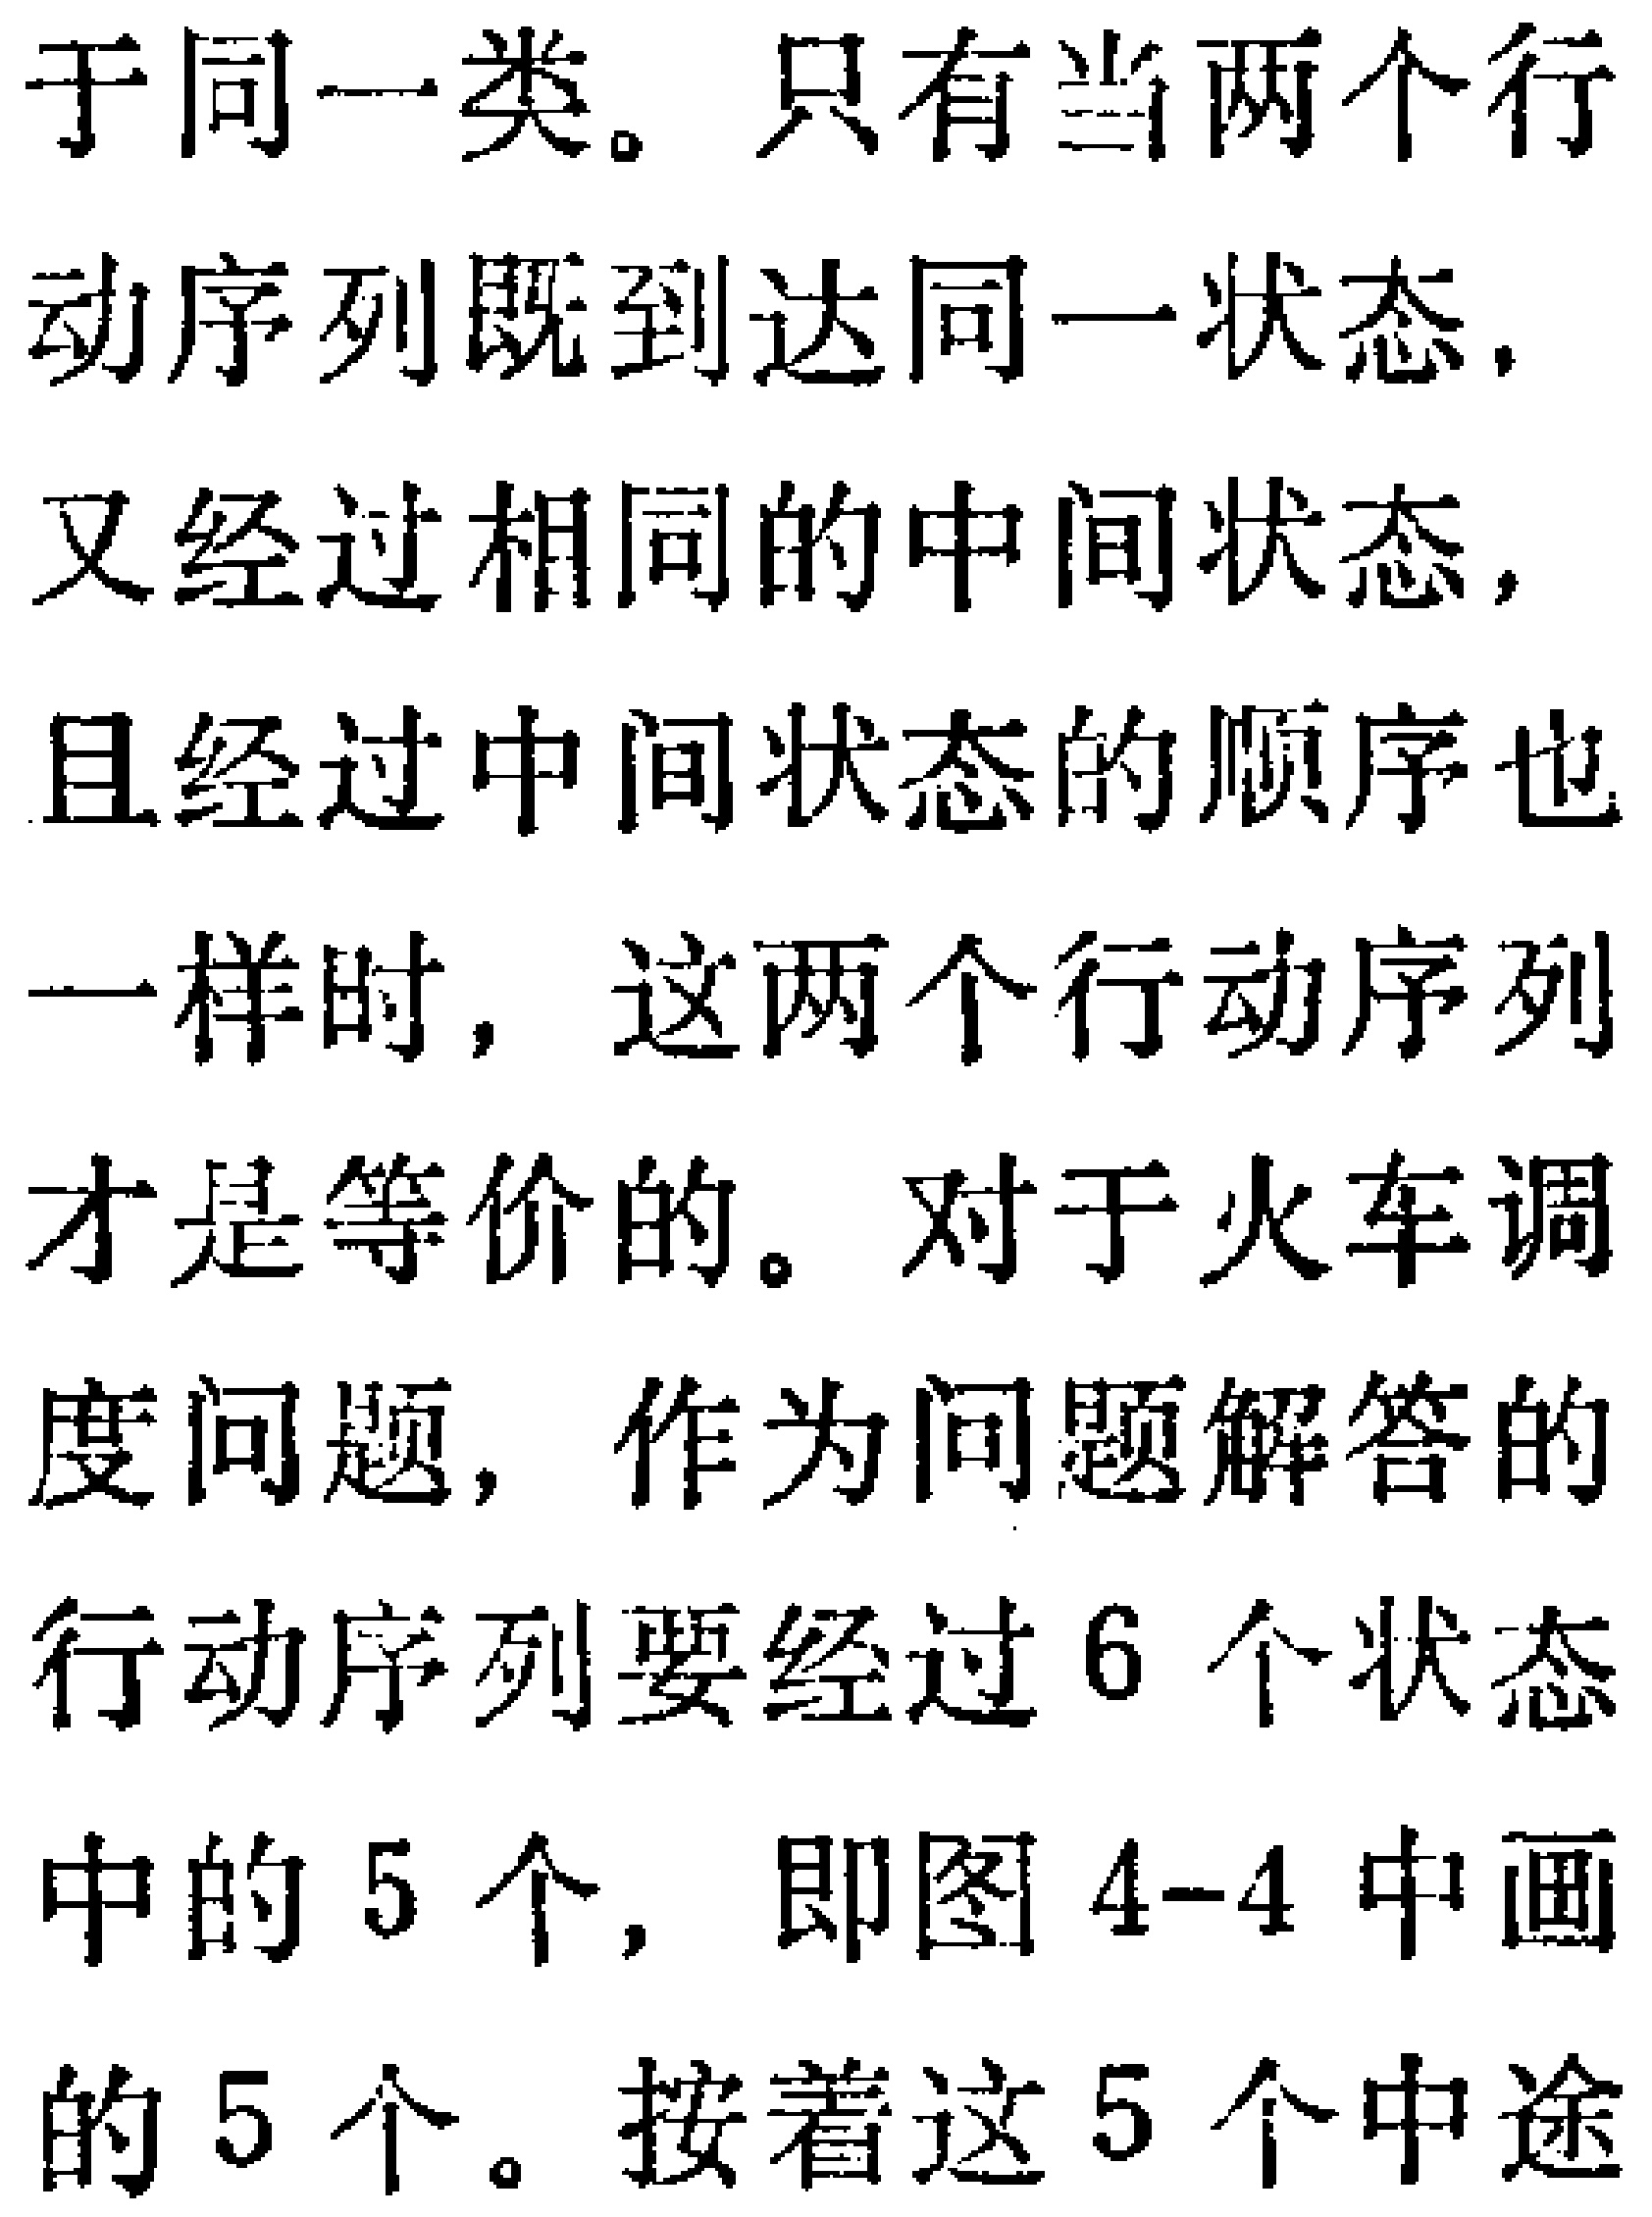
于同一类。只有当两个行

动序列既到达同一状态,

又经过相同的中间状态,

且经过中间状态的顺序也

一样时, 这两个行动序列

才是等价的。对于火车调

度问题, 作为问题解答的

行动序列要经过 6 个状态

中的 5 个, 即图 4-4 中画

的 5 个。按着这 5 个中途